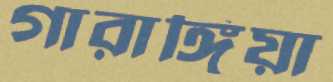
গারাঙ্গিয়া